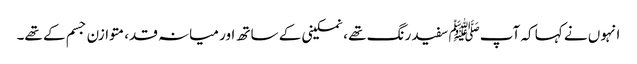
انہوں نے کہا کہ آپﷺ سفید رنگ تھے ، نمکینی کے ساتھ اور میانہ قد، متوازن جسم کے تھے۔